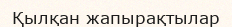
Қылқан жапырақтылар